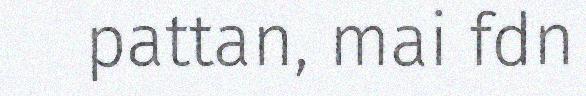
pattan, mai fdn